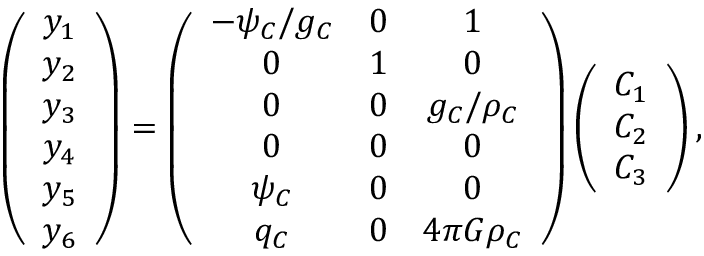
\left( \begin{array} { c } { y _ { 1 } } \\ { y _ { 2 } } \\ { y _ { 3 } } \\ { y _ { 4 } } \\ { y _ { 5 } } \\ { y _ { 6 } } \end{array} \right) = \left( \begin{array} { c c c } { - \psi _ { C } / g _ { C } } & { 0 } & { 1 } \\ { 0 } & { 1 } & { 0 } \\ { 0 } & { 0 } & { g _ { C } / \rho _ { C } } \\ { 0 } & { 0 } & { 0 } \\ { \psi _ { C } } & { 0 } & { 0 } \\ { q _ { C } } & { 0 } & { 4 \pi G \rho _ { C } } \end{array} \right) \left( \begin{array} { c } { C _ { 1 } } \\ { C _ { 2 } } \\ { C _ { 3 } } \end{array} \right) ,